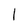
Character: l